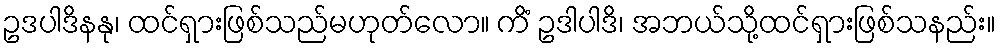
ဥဒပါဒိနနု၊ ထင်ရှားဖြစ်သည်မဟုတ်လော။ ကိံ ဥဒါပါဒိ၊ အဘယ်သို့ထင်ရှားဖြစ်သနည်း။